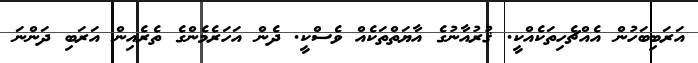
އަރަބިބަހުން އެއްޗެހިތަކެއްކީ. ޤުރުއާނުގެ އާޔަތްތަކެއް ވެސްކީ. ދެން އަހަރެމެންގެ ތެރެއިން އަރަބި ދަންނަ